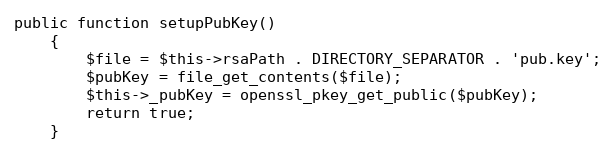
Language: PHP
public function setupPubKey()
    {
        $file = $this->rsaPath . DIRECTORY_SEPARATOR . 'pub.key';
        $pubKey = file_get_contents($file);
        $this->_pubKey = openssl_pkey_get_public($pubKey);
        return true;
    }